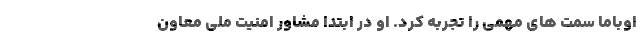
اوباما سمت های مهمی را تجربه کرد. او در ابتدا مشاور امنیت ملی معاون